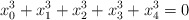
\begin{align*}x_0^3+x_1^3+x_2^3+x_3^3+x_4^3=0 \end{align*}